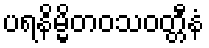
ပရနိမ္မိတဝသဝတ္တီနံ